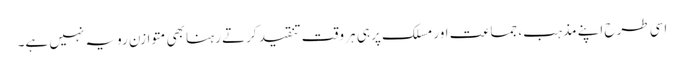
اسی طرح اپنے مذہب، جماعت اور مسلک پر ہی ہر وقت تنقید کرتے رہنا بھی متوازن رویہ نہیں ہے۔